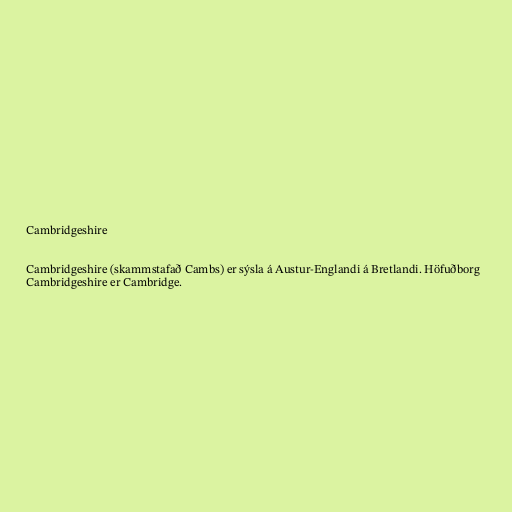
Cambridgeshire

Cambridgeshire (skammstafað Cambs) er sýsla á Austur-Englandi á Bretlandi. Höfuðborg
Cambridgeshire er Cambridge.